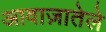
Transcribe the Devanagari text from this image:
आवाज़ातेले